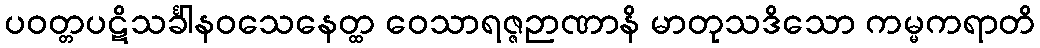
ပဝတ္တပဋိသင်္ခါနဝသေနေတ္ထ ဝေသာရဇ္ဇဉာဏာနိ မာတုသဒိသော ကမ္မကရာတိ